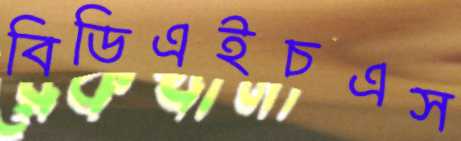
বিডিএইচএস